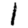
Digit: 1